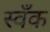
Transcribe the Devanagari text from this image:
स्वँक